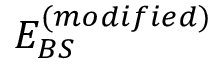
E _ { B S } ^ { ( m o d i f i e d ) }